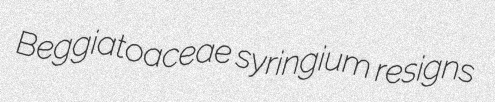
Beggiatoaceae syringium resigns